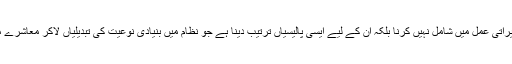
حکمران طبقہ کا کام محض لوگوں کو خیراتی عمل میں شامل نہیں کرنا بلکہ ان کے لیے ایسی پالیسیاں ترتیب دینا ہے جو نظام میں بنیادی نوعیت کی تبدیلیاں لاکر معاشرے میں حقیقی خوشحالی کی بنیاد رکھ سکے۔